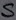
Text: S